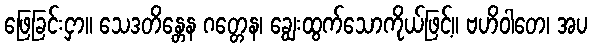
ဖြေခြင်းငှာ။ သေဒတိန္တေန ဂတ္တေန၊ ချွေးထွက်သောကိုယ်ဖြင့်။ ဗဟိဝါတေ၊ အပ